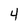
Character: 4